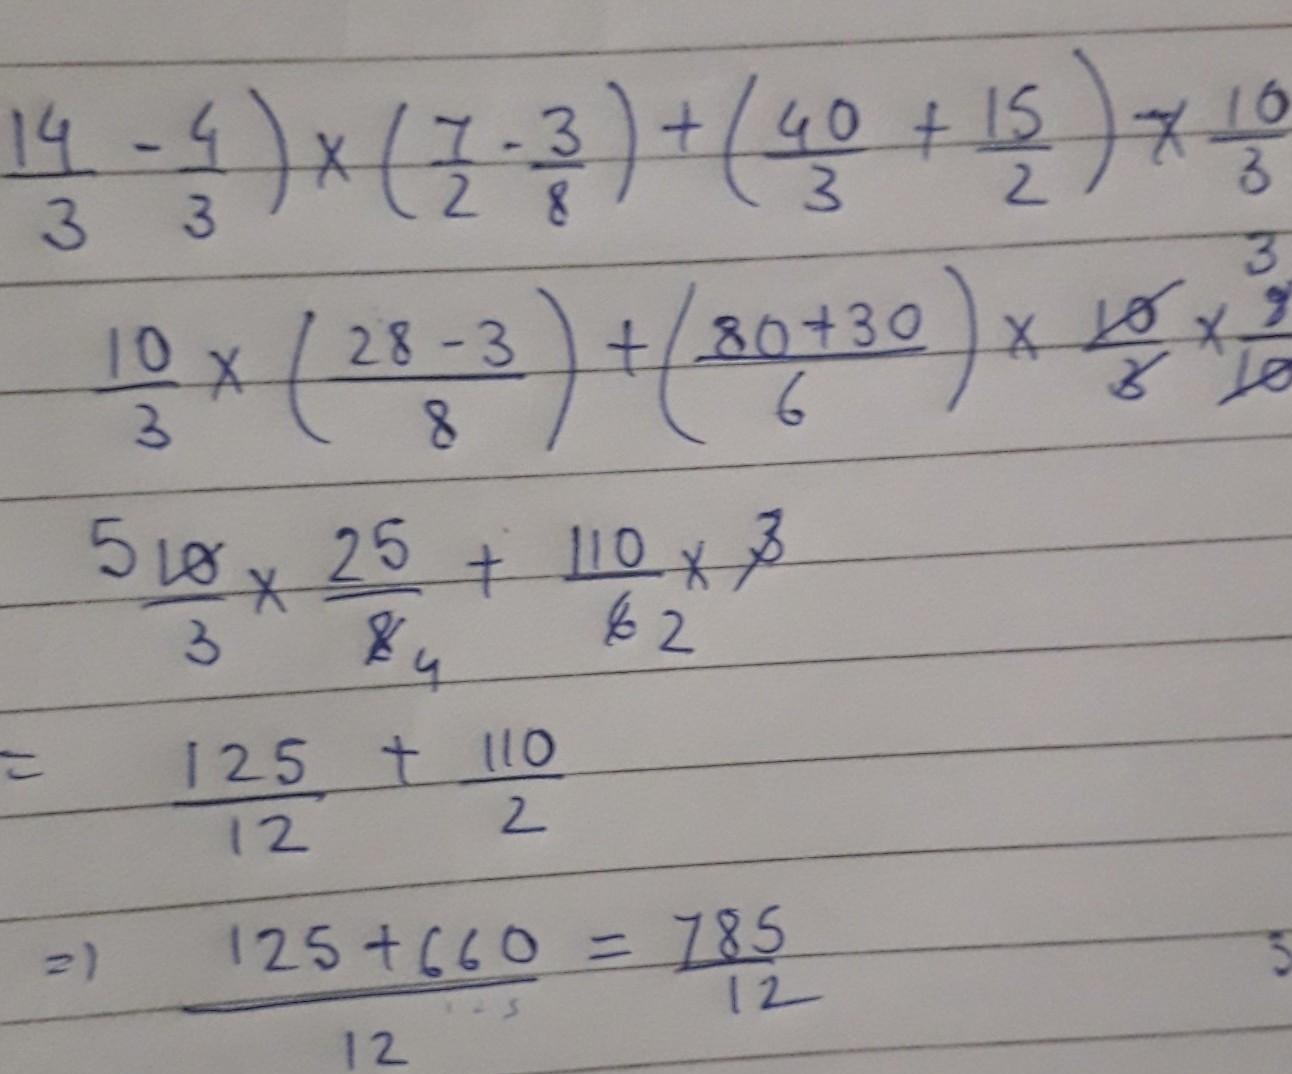
\[
\begin{align*}
&\left(\frac{14}{3}-\frac{4}{3}\right)\times\left(\frac{7}{2}-\frac{3}{8}\right)+\left(\frac{40}{3}+\frac{15}{2}\right)\times\frac{10}{3}\\
=&\frac{10}{3}\times\left(\frac{28 - 3}{8}\right)+\left(\frac{80 + 30}{6}\right)\times\frac{10}{3}\\
=&\frac{10}{3}\times\frac{25}{8}+\frac{110}{6}\times\frac{10}{3}\\
=&\frac{125}{12}+\frac{110}{2}\\
=&\frac{125 + 660}{12}\\
=&\frac{785}{12}
\end{align*}
\]